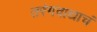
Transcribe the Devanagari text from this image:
तरंगवाद्याचं